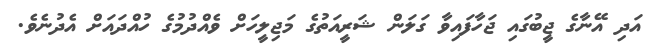
އަދި އޭނާގެ ޖީބުގައި ޖަހާފައިވާ ގަލަން ޝަރީއަތުގެ މަޖިލީހަށް ވެއްދުމުގެ ހުއްދައަށް އެދުނެވެ.